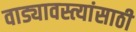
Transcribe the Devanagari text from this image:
वाड्यावस्त्यांसाठी